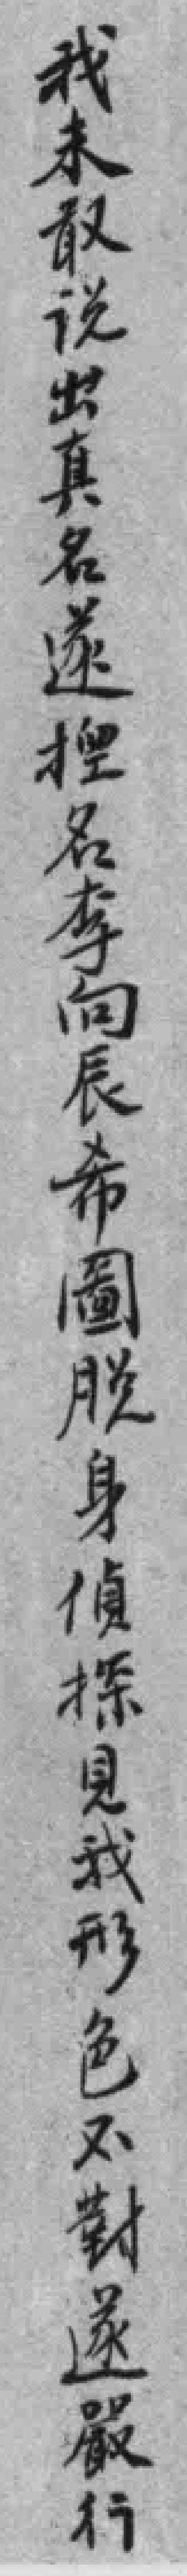
我未敢说出真名遂揑名李向辰希圖脱身偵探見我形色不對遂嚴行